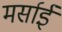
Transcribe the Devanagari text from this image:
मर्साई